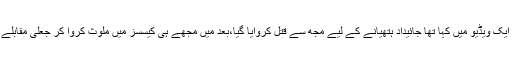
یاد رہے عابد باکسر نے چند روز قبل ایک ویڈیو میں کہا تھا جائیداد ہتھیانے کے لیے مجھ سے قتل کروایا گیا،بعد میں مجھے ہی کیسسز میں ملوث کروا کر جعلی مقابلے میں قتل کروانے کی کوشش کی گئی۔